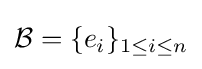
{\mathcal {B}}=\{e_{i}\}_{1\leq i\leq n}